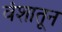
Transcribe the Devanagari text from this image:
वंशातून